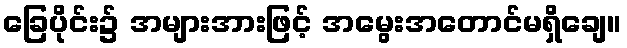
ခြေပိုင်း၌ အများအားဖြင့် အမွေးအတောင်မရှိချေ။